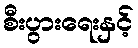
စီးပွားရေးနှင့်